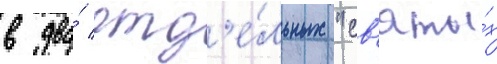
в два́ отд'е́льных "св'яты́х